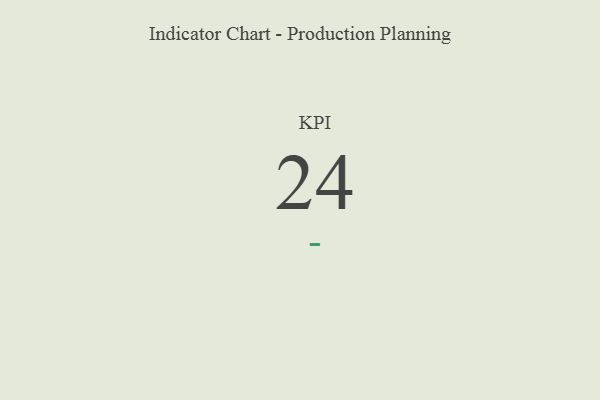
{"axis": {"x": "KPI", "y": "Value"}, "legend": [""], "data": [{"x": "KPI", "y": 24, "type": ""}]}